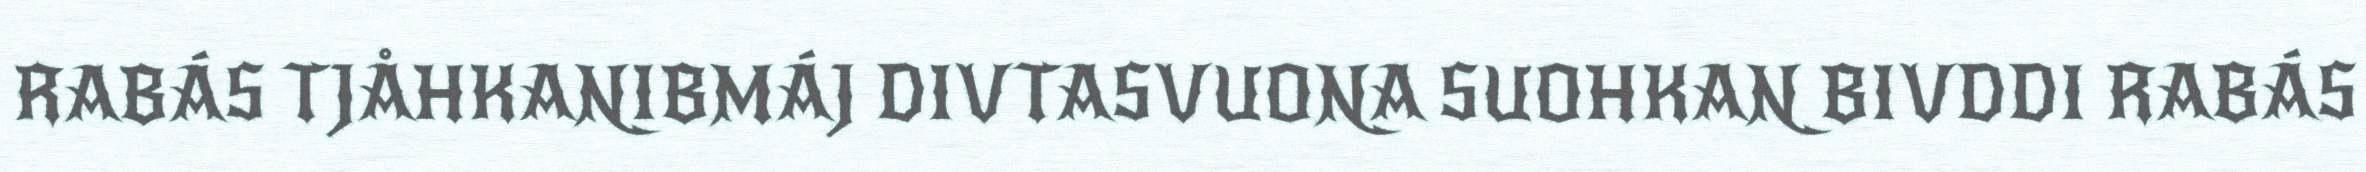
RABÁS TJÅHKANIBMÁJ DIVTASVUONA SUOHKAN BIVDDI RABÁS